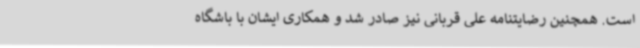
است. همچنین رضایتنامه علی قربانی نیز صادر شد و همکاری ایشان با باشگاه